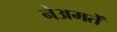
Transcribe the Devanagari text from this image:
नेअमतेें